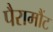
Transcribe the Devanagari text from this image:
पैरामौंट